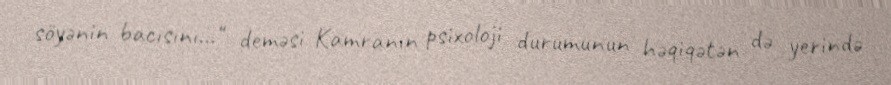
söyənin bacısını…" deməsi Kamranın psixoloji durumunun həqiqətən də yerində